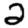
Digit: 2